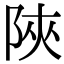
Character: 陜